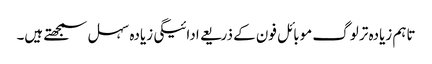
تاہم زیادہ تر لوگ موبائل فون کے ذریعے ادائیگی زیادہ سہل سمجھتے ہیں۔